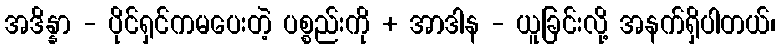
အဒိန္နာ - ပိုင်ရှင်ကမပေးတဲ့ ပစ္စည်းကို + အာဒါန - ယူခြင်းလို့ အနက်ရှိပါတယ်၊